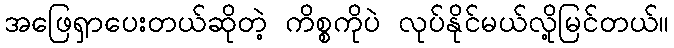
အဖြေရှာပေးတယ်ဆိုတဲ့ ကိစ္စကိုပဲ လုပ်နိုင်မယ်လို့မြင်တယ်။